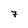
Character: 7